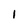
Character: 1